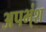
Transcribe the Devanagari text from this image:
अपभ्ंश